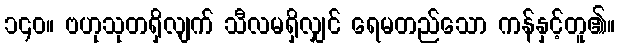
၁၄၀။ ဗဟုသုတရှိလျက် သီလမရှိလျှင် ရေမတည်သော ကန်နှင့်တူ၏။